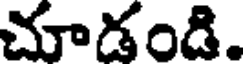
చూడండి.